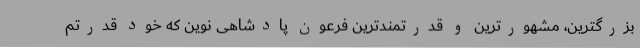
بزرگترین، مشهورترین و قدرتمندترین فرعون پادشاهی نوین که خود قدرتم